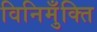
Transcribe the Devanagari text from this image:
विनिमुँक्ति